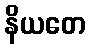
နိယတေ